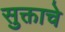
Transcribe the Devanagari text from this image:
सुक्ताचे